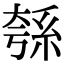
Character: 綔